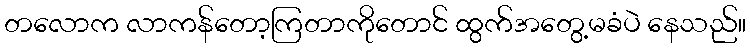
တလောက လာကန်တော့ကြတာကိုတောင် ထွက်အတွေ့မခံပဲ နေသည်။